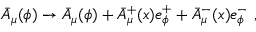
\bar { A } _ { \mu } ( \phi ) \rightarrow \bar { A } _ { \mu } ( \phi ) + \bar { A } _ { \mu } ^ { + } ( x ) e _ { \phi } ^ { + } + \bar { A } _ { \mu } ^ { - } ( x ) e _ { \phi } ^ { - } \ ,